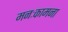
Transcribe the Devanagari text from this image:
मनःकामना